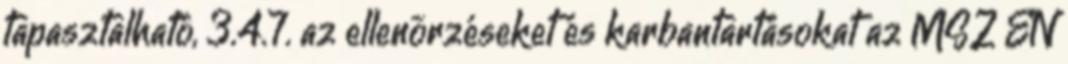
tapasztalható, 3.4.7. az ellenõrzéseket és karbantartásokat az MSZ EN